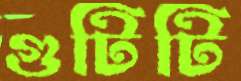
গুটিটি